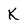
Character: K